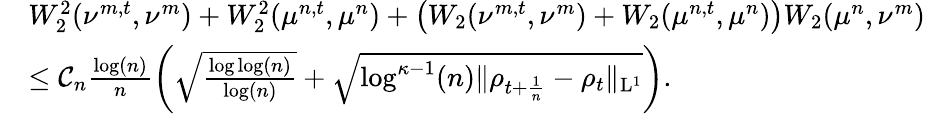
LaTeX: \begin{array}{rl}&{W_{2}^{2}(\nu^{m,t},\nu^{m})+W_{2}^{2}(\mu^{n,t},\mu^{n})+\big(W_{2}(\nu^{m,t},\nu^{m})+W_{2}(\mu^{n,t},\mu^{n})\big)W_{2}(\mu^{n},\nu^{m})}\\ &{\leq\mathcal{C}_{n}\frac{\log(n)}{n}\bigg(\sqrt{\frac{\log\log(n)}{\log(n)}}+\sqrt{\log^{\kappa-1}(n)\| \rho_{t+\frac{1}{n}}-\rho_{t}\| _{\mathrm{L}^{1}}}\bigg).}\end{array}